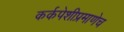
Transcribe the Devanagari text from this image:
कर्कपेशीप्रमाणेच